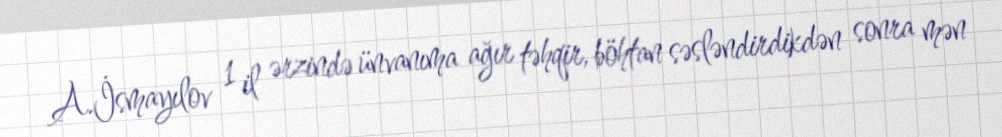
A.İsmayılov 1 il ərzində ünvanıma ağır təhqir, böhtan səsləndirdikdən sonra mən